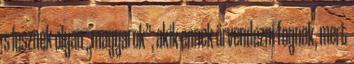
s lesznek olyan „magyarok”, akik ennek örvendezni fognak, mert